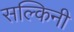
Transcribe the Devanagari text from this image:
सल्किनी